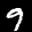
Label: 9